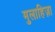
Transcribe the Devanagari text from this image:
मुलाहिज़ा